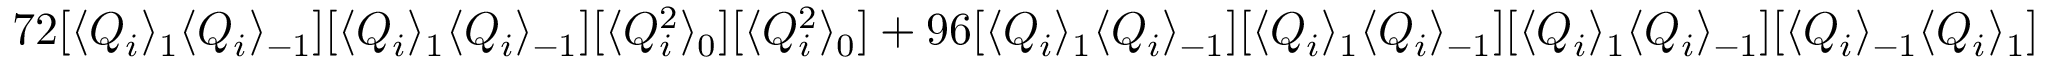
7 2 [ \langle Q _ { i } \rangle _ { 1 } \langle Q _ { i } \rangle _ { - 1 } ] [ \langle Q _ { i } \rangle _ { 1 } \langle Q _ { i } \rangle _ { - 1 } ] [ \langle Q _ { i } ^ { 2 } \rangle _ { 0 } ] [ \langle Q _ { i } ^ { 2 } \rangle _ { 0 } ] + 9 6 [ \langle Q _ { i } \rangle _ { 1 } \langle Q _ { i } \rangle _ { - 1 } ] [ \langle Q _ { i } \rangle _ { 1 } \langle Q _ { i } \rangle _ { - 1 } ] [ \langle Q _ { i } \rangle _ { 1 } \langle Q _ { i } \rangle _ { - 1 } ] [ \langle Q _ { i } \rangle _ { - 1 } \langle Q _ { i } \rangle _ { 1 } ]